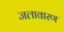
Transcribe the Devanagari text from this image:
जलावारण